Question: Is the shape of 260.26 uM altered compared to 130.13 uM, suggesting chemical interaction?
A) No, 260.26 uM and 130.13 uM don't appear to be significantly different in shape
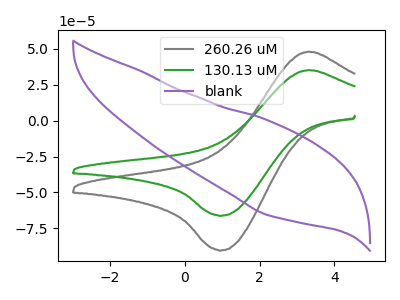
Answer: <think>The gray curve "260.26 uM" has an anodic peak at (3.35V, 48.05uA) and a cathodic peak at (1.00V, -90.25uA). The green curve "130.13 uM" has an anodic peak at (3.35V, 35.15uA) and a cathodic peak at (1.00V, -66.10uA). The purple curve "blank" has no peaks.
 All the peaks in "260.26 uM" have a peak in "130.13 uM" at the same potential. Every peak in "260.26 uM" is higher than every peak in "130.13 uM".</think>
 <answer>A) No, "260.26 uM" and "130.13 uM" don't appear to be significantly different in shape</answer>
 <eval>A</eval>